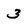
Character: 3